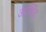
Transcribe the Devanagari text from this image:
आसिंद